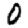
Digit: 0